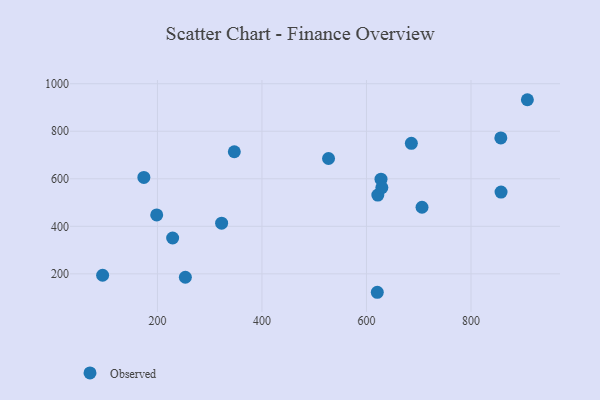
{"axis": {"x": "Ad Spend", "y": "Demand"}, "legend": ["Observed"], "data": [{"x": "174.0", "y": 605.7, "type": "Observed"}, {"x": "527.4", "y": 685.4, "type": "Observed"}, {"x": "347.1", "y": 713.8, "type": "Observed"}, {"x": "229.1", "y": 350.8, "type": "Observed"}, {"x": "198.6", "y": 447.9, "type": "Observed"}, {"x": "627.8", "y": 598.3, "type": "Observed"}, {"x": "857.1", "y": 772.0, "type": "Observed"}, {"x": "857.5", "y": 544.2, "type": "Observed"}, {"x": "95.1", "y": 194.1, "type": "Observed"}, {"x": "621.7", "y": 531.4, "type": "Observed"}, {"x": "620.7", "y": 122.4, "type": "Observed"}, {"x": "253.4", "y": 185.6, "type": "Observed"}, {"x": "907.9", "y": 932.7, "type": "Observed"}, {"x": "322.8", "y": 413.2, "type": "Observed"}, {"x": "629.4", "y": 563.2, "type": "Observed"}, {"x": "706.3", "y": 480.3, "type": "Observed"}, {"x": "685.9", "y": 749.1, "type": "Observed"}]}